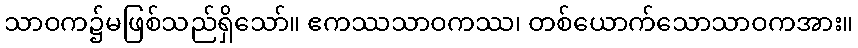
သာဝက၌မဖြစ်သည်ရှိသော်။ ဧကဿသာဝကဿ၊ တစ်ယောက်သောသာဝကအား။